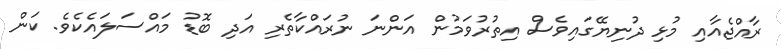
ރާއްޖެއާއި މުޅި ދުނިޔޭގައިވެސް އިތުރުވަމުން އަންނަ ނުރައްކާތެރި އަދި ބޮޑު މައްސަލައެކެވެ. ކަން